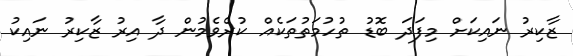
ޒާކިރު ނައިކަށް މިފަދަ ބޮޑު ތުހުމަތުތަކެއް ކުރެވެމުން ދާ އިރު ޒާކިރު ނައިކު